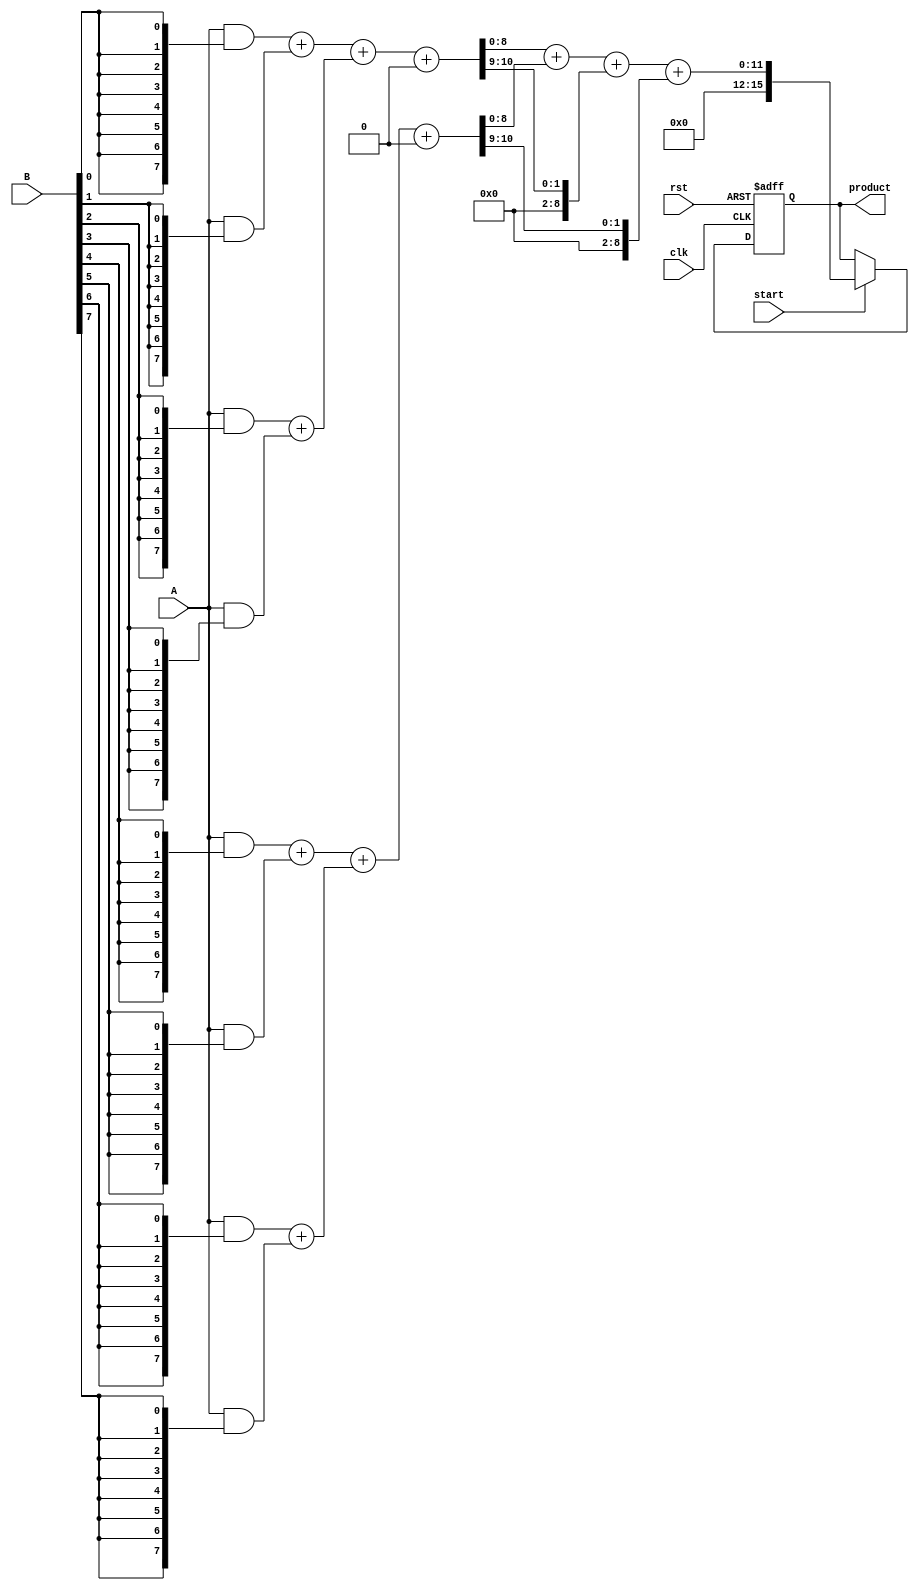
module WallaceTreeMultiplier #(
    parameter N = 8 // Bit-width of the operands
) (
    input wire [N-1:0] A, // First operand
    input wire [N-1:0] B, // Second operand
    input wire start,      // Control signal to start multiplication
    input wire clk,        // Clock signal
    input wire rst,        // Reset signal
    output reg [2*N-1:0] product // Output product
);

    // Internal signals
    wire [N-1:0] partial_products[N-1:0];
    wire [N:0] sum[N-1:0]; // Sum outputs from CSAs
    wire [N:0] carry[N-1:0]; // Carry outputs from CSAs

    // Generate partial products
    genvar i;
    generate
        for (i = 0; i < N; i = i + 1) begin : gen_partial_products
            assign partial_products[i] = A & {N{B[i]}};
        end
    endgenerate

    // Wallace Tree Reduction using Carry-Save Adders
    // Level 1: Reduce partial products
    generate
        for (i = 0; i < N/2; i = i + 1) begin : CSA_level1
            if (i < N/2) begin
                assign {carry[i], sum[i]} = partial_products[2*i] + partial_products[2*i + 1];
            end
        end
    endgenerate

    // Level 2: Further reduction
    generate
        for (i = 0; i < (N/4); i = i + 1) begin : CSA_level2
            if (i < N/4) begin
                assign {carry[N/2 + i], sum[N/2 + i]} = sum[2*i] + sum[2*i + 1] + carry[2*i];
            end
        end
    endgenerate

    // Final addition stage
    wire [2*N-1:0] final_sum;
    wire [2*N-1:0] final_carry;

    assign final_sum = sum[N/2] + sum[N/2 + 1] + carry[N/2];
    assign final_carry = carry[N/2 + 1];

    always @(posedge clk or posedge rst) begin
        if (rst) begin
            product <= 0;
        end else if (start) begin
            product <= final_sum + final_carry;
        end
    end

endmodule